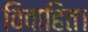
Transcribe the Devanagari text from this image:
विवाहित।